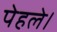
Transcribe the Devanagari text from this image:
पेहले।